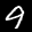
Label: 9